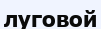
луговой